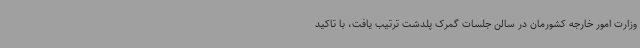
وزارت امور خارجه کشورمان در سالن جلسات گمرک پلدشت ترتیب یافت، با تاکید